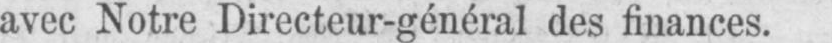
avec Notre Directeur-général des finances.